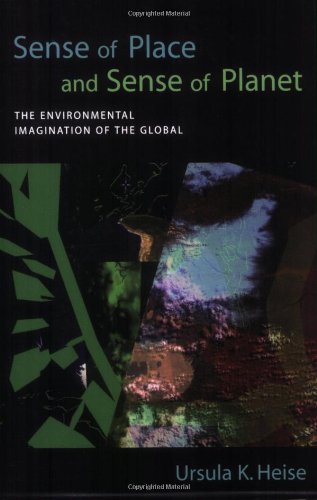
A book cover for Sense of Place and Sense of Planet: The Environmental Imagination of the Global; Ursula K. Heise; Business & Money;